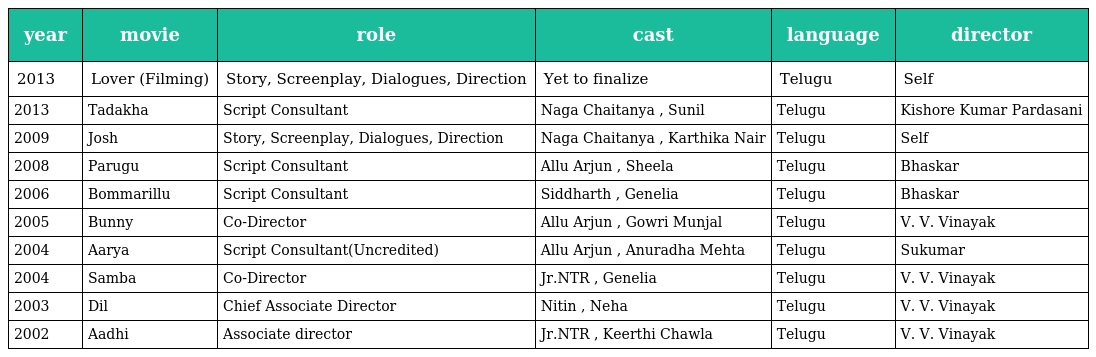
| year | movie | role | cast | language | director |
 | --- | --- | --- | --- | --- | --- |
 | 2013 | Lover (Filming) | Story, Screenplay, Dialogues, Direction | Yet to finalize | Telugu | Self |
 | 2013 | Tadakha | Script Consultant | Naga Chaitanya , Sunil | Telugu | Kishore Kumar Pardasani |
 | 2009 | Josh | Story, Screenplay, Dialogues, Direction | Naga Chaitanya , Karthika Nair | Telugu | Self |
 | 2008 | Parugu | Script Consultant | Allu Arjun , Sheela | Telugu | Bhaskar |
 | 2006 | Bommarillu | Script Consultant | Siddharth , Genelia | Telugu | Bhaskar |
 | 2005 | Bunny | Co-Director | Allu Arjun , Gowri Munjal | Telugu | V. V. Vinayak |
 | 2004 | Aarya | Script Consultant(Uncredited) | Allu Arjun , Anuradha Mehta | Telugu | Sukumar |
 | 2004 | Samba | Co-Director | Jr.NTR , Genelia | Telugu | V. V. Vinayak |
 | 2003 | Dil | Chief Associate Director | Nitin , Neha | Telugu | V. V. Vinayak |
 | 2002 | Aadhi | Associate director | Jr.NTR , Keerthi Chawla | Telugu | V. V. Vinayak |